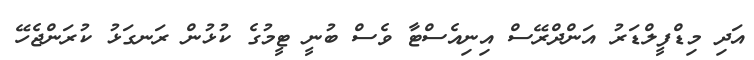
އަދި މިޑްފީލްޑަރު އަންދްރޭސް އިނިއެސްޓާ ވެސް ބުނީ ޓީމުގެ ކުޅުން ރަނގަޅު ކުރަންޖެހޭ